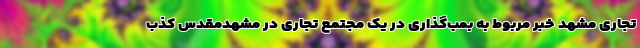
تجاری مشهد خبر مربوط به بمب‌گذاری در یک مجتمع تجاری در مشهدمقدس کذب